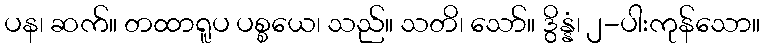
ပန၊ ဆက်။ တထာရူပ ပစ္စယေ၊ သည်။ သတိ၊ သော်။ ဒွိန္နံ၊ ၂-ပါးကုန်သော။